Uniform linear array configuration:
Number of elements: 12
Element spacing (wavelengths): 1
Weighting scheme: binomial
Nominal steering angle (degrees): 30
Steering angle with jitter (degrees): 28.488
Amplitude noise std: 0.05
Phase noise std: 0.05

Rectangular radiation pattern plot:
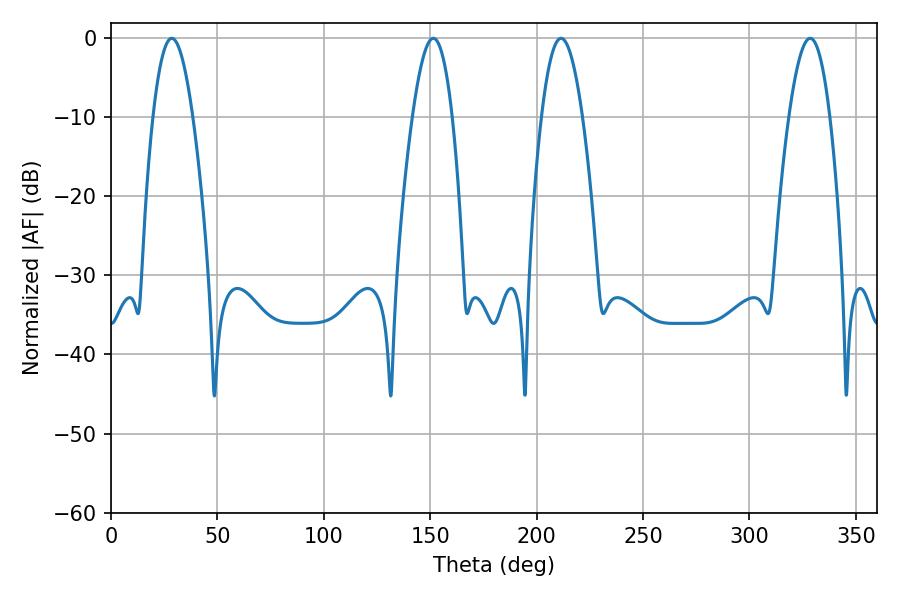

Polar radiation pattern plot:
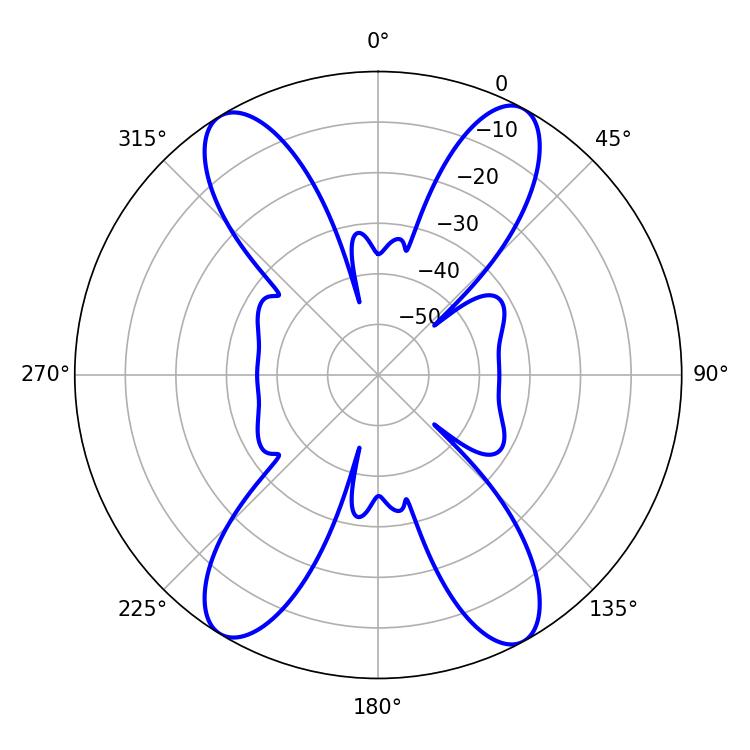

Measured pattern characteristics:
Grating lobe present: TRUE
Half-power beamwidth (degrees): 10.62
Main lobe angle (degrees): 211.5